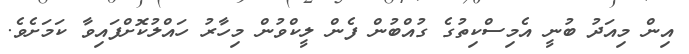
އިން މިއަދު ބުނީ އެމިސްކިތުގެ ގުއްބުން ފެން ލީކްވުން މިހާރު ހައްލުކޮށްފައިވާ ކަމަށެވެ.